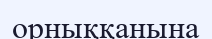
орныққанына